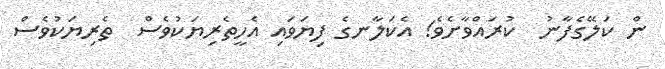
ން ކަލޭގެފާނު  ކުރައްވާށެވެ! އެކަލާނގެ ފިޔަވައި އެހީތެރިޔަކުވެސް  ތެރިޔަކުވެސް